Civil Veterinary Department Bihar & Orissa reports 1929-36 - 1929-1936
Year: 1929
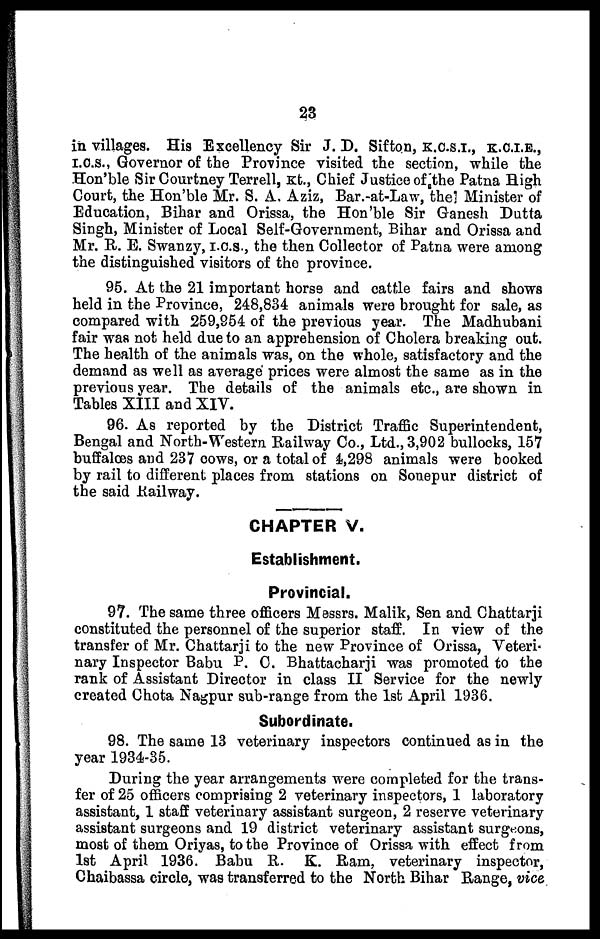
23
in villages. His Excellency Sir J. D. Sifton, K.C.S.I., K.C.I.E.,
I.C.S., Governor of the Province visited the section, while the
Hon'ble Sir Courtney Terrell, Kt., Chief Justice of the Patna High
Court, the Hon'ble Mr. S. A. Aziz, Bar.-at-Law, the Minister of
Education, Bihar and Orissa, the Hon'ble Sir Ganesh Dutta
Singh, Minister of Local Self-Government, Bihar and Orissa and
Mr. R. E. Swanzy, I.C.S., the then Collector of Patna were among
the distinguished visitors of the province.
95. At the 21 important horse and cattle fairs and shows
held in the Province, 248,834 animals were brought for sale, as
compared with 259,954 of the previous year. The Madhubani
fair was not held due to an apprehension of Cholera breaking out.
The health of the animals was, on the whole, satisfactory and the
demand as well as average prices were almost the same as in the
previous year. The details of the animals etc., are shown in
Tables XIII and XIV.
96. As reported by the District Traffic Superintendent,
Bengal and North-Western Railway Co., Ltd., 3,902 bullocks, 157
buffaloes and 237 cows, or a total of 4,298 animals were booked
by rail to different places from stations on Sonepur district of
the said Railway.
CHAPTER V.
Establishment.
Provincial.
97. The same three officers Messrs. Malik, Sen and Chattarji
constituted the personnel of the superior staff. In view of the
transfer of Mr. Chattarji to the new Province of Orissa, Veteri-
nary Inspector Babu P. C. Bhattacharji was promoted to the
rank of Assistant Director in class II Service for the newly
created Chota Nagpur sub-range from the 1st April 1936.
Subordinate.
98. The same 13 veterinary inspectors continued as in the
year 1934-35.
During the year arrangements were completed for the trans-
fer of 25 officers comprising 2 veterinary inspectors, 1 laboratory
assistant, 1 staff veterinary assistant surgeon, 2 reserve veterinary
assistant surgeons and 19 district veterinary assistant surgeons,
most of them Oriyas, to the Province of Orissa with effect from
1st April 1936. Babu R. K. Ram, veterinary inspector,
Chaibassa circle, was transferred to the North Bihar Range, vice